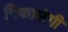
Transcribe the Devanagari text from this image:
निकालेगी